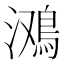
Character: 𱈤